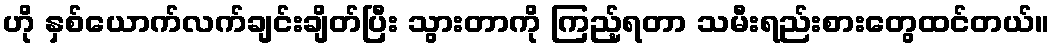
ဟို နှစ်ယောက်လက်ချင်းချိတ်ပြီး သွားတာကို ကြည့်ရတာ သမီးရည်းစားတွေထင်တယ်။